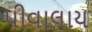
પીવાલાય